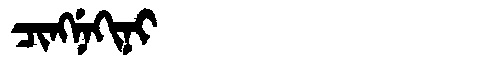
Manchu: ᠴᡳᠩᠨᡝᡴᡳᠨᡳ
Romanization: CINGNEKINI